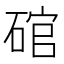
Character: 𮀩